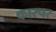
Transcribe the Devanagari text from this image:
कारपर